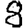
Digit: 8